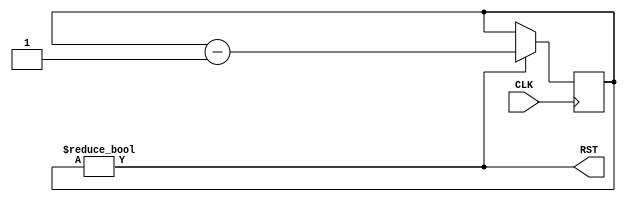

module reset_gen #(parameter CNT = 8'd128)
(
  CLK,                     
  RST                 
); 

input CLK;
output RST;

reg [7:0] rst_cnt;
 
initial rst_cnt = CNT;

always@(posedge CLK)
     if(rst_cnt != 0)
        rst_cnt <= rst_cnt -1;

assign RST = (rst_cnt != 0 );

endmodule